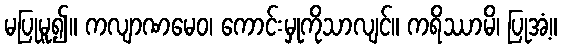
မပြုမူ၍။ ကလျာဏမေဝ၊ ကောင်းမှုကိုသာလျင်။ ကရိဿာမိ၊ ပြုအံ့။